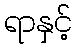
ရာနှင့်